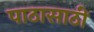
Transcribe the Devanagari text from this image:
पाठासाठी